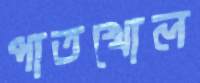
পাতখোল